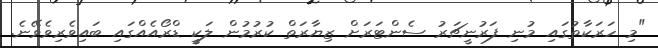
"މި ހަރަކާތުގައި މުނި ފަރުނީޗަރު ސެންޓަރަށް ޒިޔާރަތް ކުރުމުން ލަކީ ޑްރޯއެއްގައި ބައިވެރިވެވޭނެ.